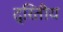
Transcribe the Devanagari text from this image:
द्रितीय